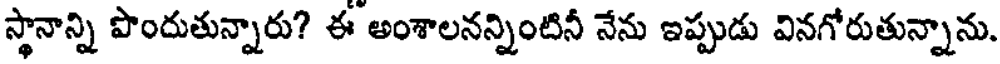
స్థానాన్ని పొందుతున్నారు? ఈ అంశాలనన్నింటినీ నేను ఇప్పుడు వినగోరుతున్నాను.